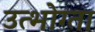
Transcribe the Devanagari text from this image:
उत्भोग्ता